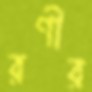
রণীর